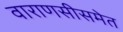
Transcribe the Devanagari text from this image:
वाराणसीसमेत